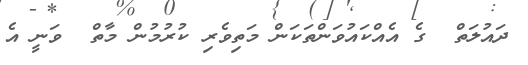
ދައުލަތް  ގެ އެއްކައުވަންތަކަން މަތިވެރި ކުރުމުން މާތް  ވަނީ އެ